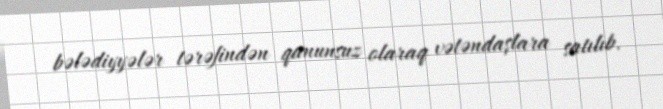
bələdiyyələr tərəfindən qanunsuz olaraq vətəndaşlara satılıb.